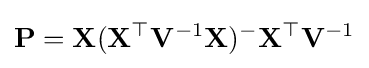
\mathbf {P} =\mathbf {X} (\mathbf {X} ^{\top }\mathbf {V} ^{-1}\mathbf {X} )^{-}\mathbf {X} ^{\top }\mathbf {V} ^{-1}